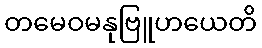
တမေဝမနုဗြူဟယေတိ